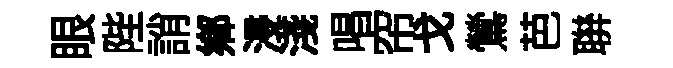
眼陛誚鄕浸淺唱帘戈鶯芭聨